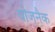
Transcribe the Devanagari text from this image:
वोजनैक